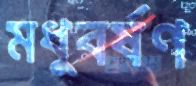
মধুবর্ষণ